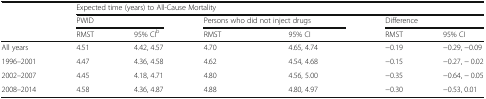
<table><thead><tr><td rowspan="2"></td><td colspan="6"><b>Expected time (years) to All-Cause Mortality</b></td></tr><tr><td colspan="2"><b>PWID</b></td><td colspan="2"><b>Persons who did not inject drugs</b></td><td colspan="2"><b>Difference</b></td></tr><tr><td></td><td><b>RMST</b></td><td><b>95% CI<sup>b</sup></b></td><td><b>RMST</b></td><td><b>95% CI</b></td><td><b>RMST</b></td><td><b>95% CI</b></td></tr></thead><tbody><tr><td>All years</td><td>4.51</td><td>4.42, 4.57</td><td>4.70</td><td>4.65, 4.74</td><td>−0.19</td><td>−0.29, −0.09</td></tr><tr><td>1996–2001</td><td>4.47</td><td>4.36, 4.58</td><td>4.62</td><td>4.54, 4.68</td><td>−0.15</td><td>−0.27, − 0.02</td></tr><tr><td>2002–2007</td><td>4.45</td><td>4.18, 4.71</td><td>4.80</td><td>4.56, 5.00</td><td>−0.35</td><td>−0.64, − 0.05</td></tr><tr><td>2008–2014</td><td>4.58</td><td>4.36, 4.87</td><td>4.88</td><td>4.80, 4.97</td><td>−0.30</td><td>−0.53, 0.01</td></tr></tbody></table>